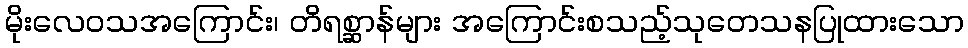
မိုးလေဝသအကြောင်း၊ တိရစ္ဆာန်များ အကြောင်းစသည့်သုတေသနပြုထားသော